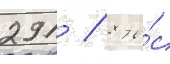
291 / 8 ты́с